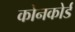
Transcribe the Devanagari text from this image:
कोनकोर्ड